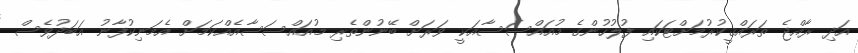
އަދި ރާއްޖެ ތަރައްޤީކުރުމަށްޓަކައި ފުލުހުންގެ މުއައްސަސާއަކީ ވަރަށް ބޭނުންތެރި މުއައްސަސާއެއްކަމަށް އެމަނިކުފާނު އަބަދުވެސް